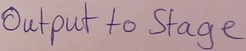
Text: Output to Stage